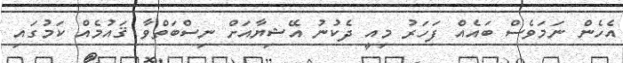
އެހެން ނަމަވެސް ބައެއް ފަހަރު މިއީ ދެކުނު އޭޝިޔާއަށް ނިސްބަތްވާ ޤައުމެއް ކަމުގައި